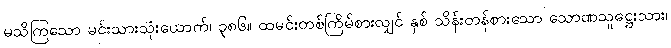
မသိကြသော မင်းသားသုံးယောက်၊ ၃၈၆။ ထမင်းတစ်ကြိမ်စားလျှင် နှစ် သိန်းတန်စားသော သောဏသူဋ္ဌေးသား၊